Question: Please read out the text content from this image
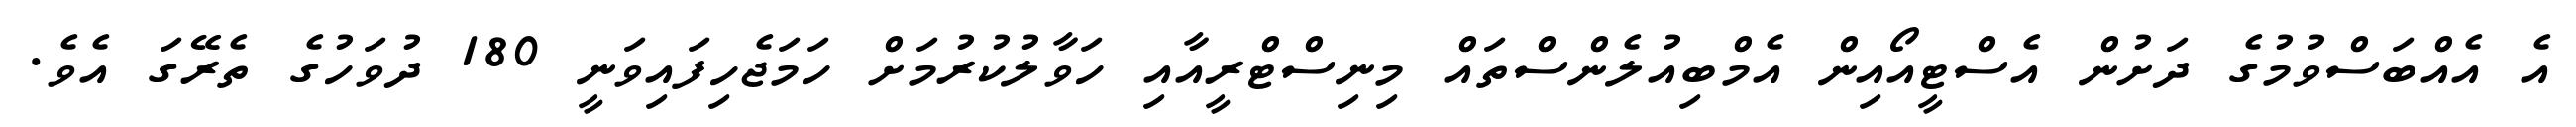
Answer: އެ އެއްބަސްވުމުގެ ދަށުން އެސްޓީއޯއިން އެމްބިއުލެންސްތައް މިނިސްޓްރީއާއި ހަވާލުކުރުމަށް ހަމަޖެހިފައިވަނީ 180 ދުވަހުގެ ތެރޭގަ އެވެ.